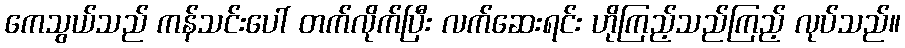
ကေသွယ်သည် ကန်သင်းပေါ် တက်လိုက်ပြီး လက်ဆေးရင်း ဟိုကြည့်သည်ကြည့် လုပ်သည်။